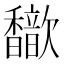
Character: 𫘃